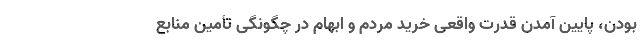
بودن، پایین آمدن قدرت واقعی خرید مردم و ابهام در چگونگی تأمین منابع